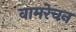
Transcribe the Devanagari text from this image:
वामरेचन